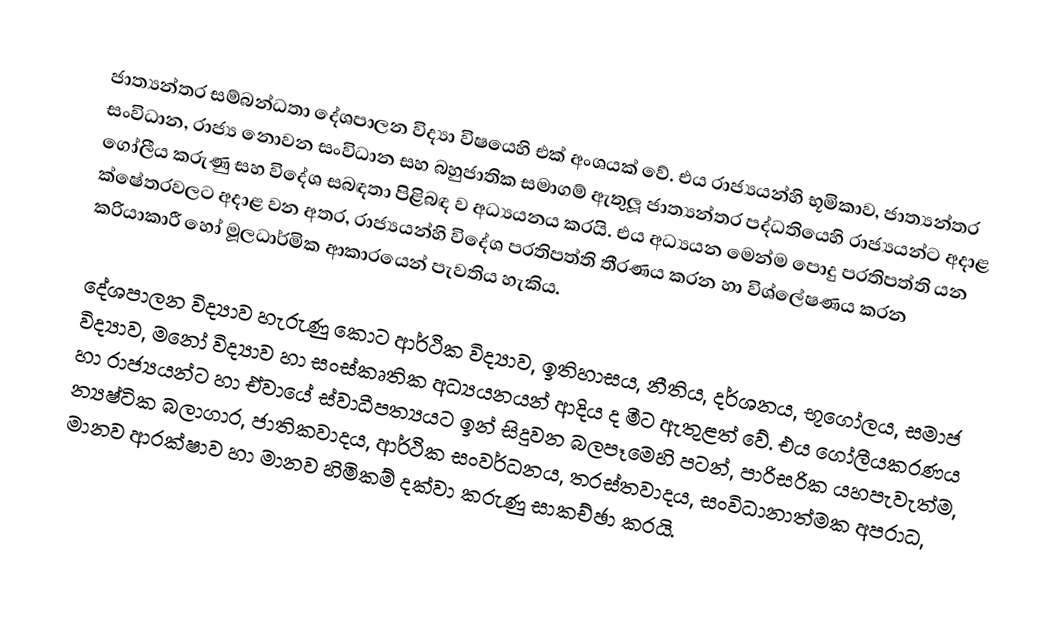
ජාත්‍යන්තර සම්බන්ධතා දේශපාලන විද්‍යා විෂයෙහි එක් අංශයක් වේ. එය රාජ්‍යයන්හි භූමිකාව, ජාත්‍යන්තර සංවිධාන, රාජ්‍ය නොවන සංවිධාන සහ බහුජාතික සමාගම් ඇතුලූ ජාත්‍යන්තර පද්ධතියෙහි රාජ්‍යයන්ට අදාළ ගෝලීය කරුණු සහ විදේශ සබඳතා පිළිබඳ ව අධ්‍යයනය කරයි. එය අධ්‍යයන මෙන්ම පොදු ප‍්‍රතිපත්ති යන ක්ෂේත‍්‍රවලට අදාළ වන අතර, රාජ්‍යයන්හි විදේශ ප‍්‍රතිපත්ති තීරණය කරන හා විශ්ලේෂණය කරන ක‍්‍රියාකාරී හෝ මූලධාර්මික ආකාරයෙන් පැවතිය හැකිය.

දේශපාලන විද්‍යාව හැරුණු කොට ආර්ථික විද්‍යාව, ඉතිහාසය, නීතිය, දර්ශනය, භූගෝලය, සමාජ විද්‍යාව, මනෝ විද්‍යාව හා සංස්කෘතික අධ්‍යයනයන් ආදිය ද මීට ඇතුළත් වේ. එය ගෝලීයකරණය හා රාජ්‍යයන්ට හා ඒවායේ ස්වාධීපත්‍යයට ඉන් සිදුවන බලපෑමෙහි පටන්, පාරිසරික යහපැවැත්ම, න්‍යෂ්ටික බලාගාර, ජාතිකවාදය, ආර්ථික සංවර්ධනය, ත‍්‍රස්තවාදය, සංවිධානාත්මක අපරාධ, මානව ආරක්ෂාව හා මානව හිමිකම් දක්වා කරුණු සාකච්ඡා කරයි.